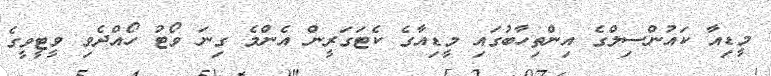
މީޑިއާ ކައުންސިލްގެ އިންތިހާބުގައި މީޑިއާގެ ކެޓަގަރީން އެންމެ ގިނަ ވޯޓު ހޯއްދެވި ވީޓީވީގެ